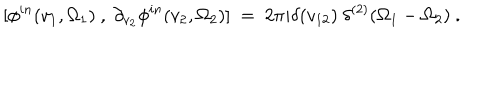
[ \phi ^ { i n } ( v _ { 1 } , \Omega _ { 1 } ) ~ , ~ \partial _ { v _ { 2 } } \phi ^ { i n } ( v _ { 2 } , \Omega _ { 2 } ) ] ~ = ~ 2 \pi i \delta ( v _ { 1 2 } ) ~ \delta ^ { ( 2 ) } ( \Omega _ { 1 } - \Omega _ { 2 } ) ~ .